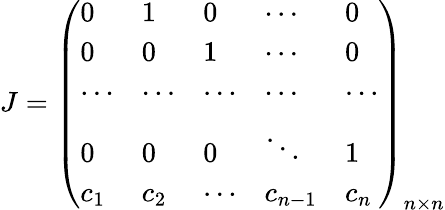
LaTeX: J=\left(\begin{array}{lllll}{0}&{1}&{0}&{\cdots}&{0}\\ {0}&{0}&{1}&{\cdots}&{0}\\ {\cdots}&{\cdots}&{\cdots}&{\cdots}&{\cdots}\\ {0}&{0}&{0}&{\ddots}&{1}\\ {c_{1}}&{c_{2}}&{\cdots}&{c_{n-1}}&{c_{n}}\end{array}\right)_{n\times n}